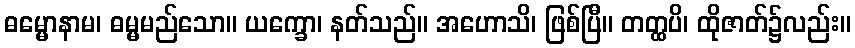
ဓမ္မောနာမ၊ ဓမ္မမည်သော။ ယက္ခော၊ နတ်သည်။ အဟောသိ၊ ဖြစ်ပြီ။ တတ္ထပိ၊ ထိုဇာတ်၌လည်း။